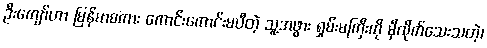
ဦးကျော်ဟာ မြန်မာစကား ကောင်းကောင်းမပီတဲ့ သူ့အဖွား ရှမ်းမကြီးကို မှီလိုက်သေးသတဲ့၊